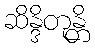
ဆိန္ဒိတုန္တိ